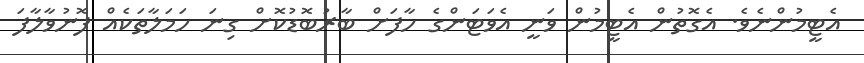
އެޓީމުންނެވެ. އެގޮތުން އެޓީމުން ވަނީ އެވަޓަންގެ ހާފަށް ބާރުބޮޑުކޮށް ގިނަ ހަމަލާތަކެއް ފޮނުވާލާފަ